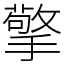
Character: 擎